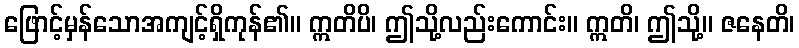
ဖြောင့်မှန်သောအကျင့်ရှိကုန်၏။ ဣတိပိ၊ ဤသို့လည်းကောင်း။ ဣတိ၊ ဤသို့။ ဇနေတိ၊